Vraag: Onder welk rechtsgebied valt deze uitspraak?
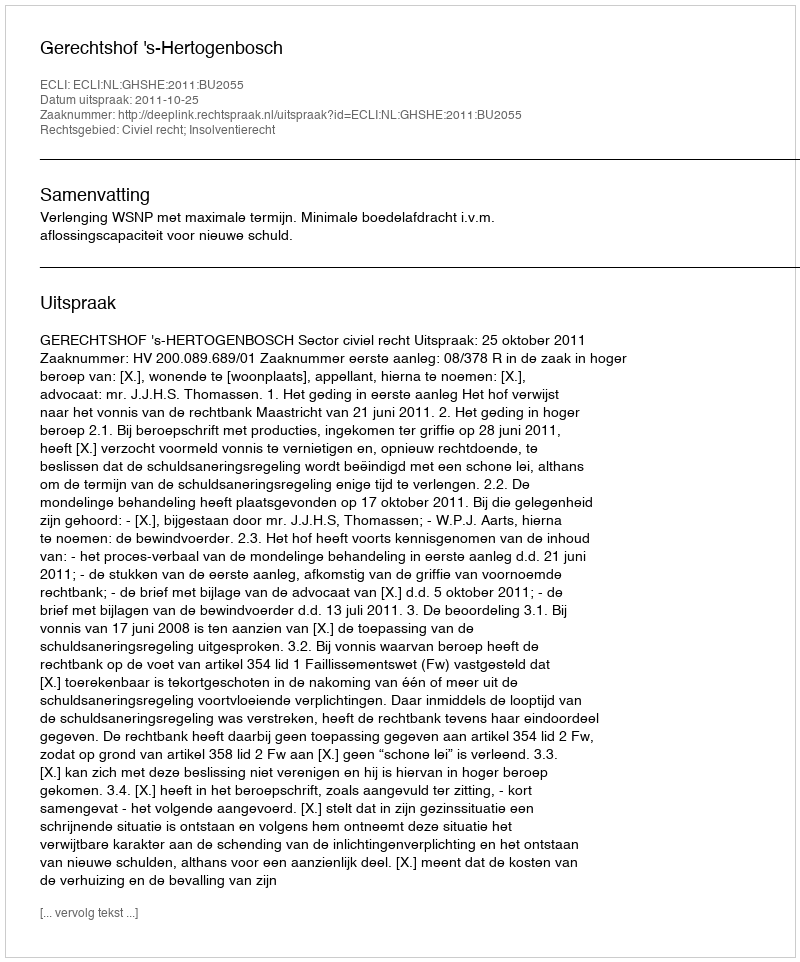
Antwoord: Civiel recht; Insolventierecht